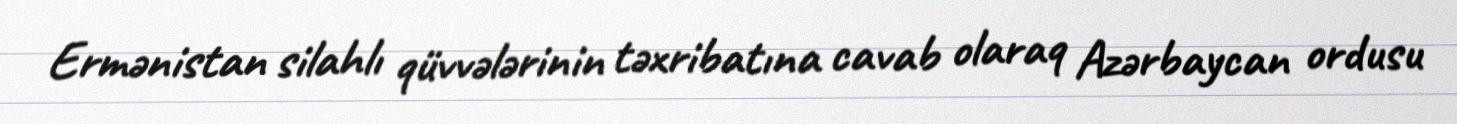
Ermənistan silahlı qüvvələrinin təxribatına cavab olaraq Azərbaycan ordusu